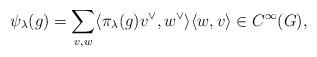
LaTeX: \begin{align*}\psi_\lambda(g)=\sum_{v,w}\langle\pi_\lambda(g) v^\vee, w^\vee\rangle \langle w, v\rangle \in C^\infty(G),\end{align*}